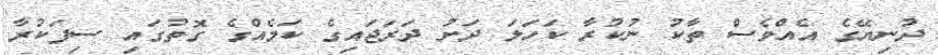
ދުނިޔޭގެ އެއްވެސް ތާކު ނުކުރާ ކަހަލަ ދަށު ދަރަޖައިގެ ކަމެއްގެ ގޮތުގައި ސިފަކުރާ